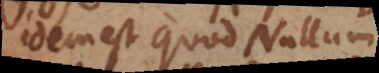
idem est quod Nullum